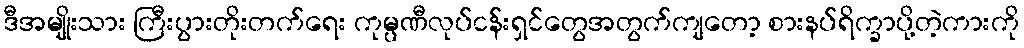
ဒီအမျိုးသား ကြီးပွားတိုးတက်ရေး ကုမ္ပဏီလုပ်ငန်းရှင်တွေအတွက်ကျတော့ စားနပ်ရိက္ခာပို့တဲ့ကားကို